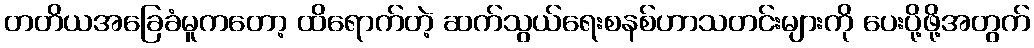
တတိယအခြေခံမူကတော့ ထိရောက်တဲ့ ဆက်သွယ်ရေးစနစ်ဟာသတင်းများကို ပေးပို့ဖို့အတွက်